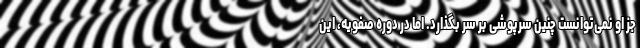
جز او نمی‌توانست چنین سرپوشی بر سر بگذارد. اما در دوره صفویه، این